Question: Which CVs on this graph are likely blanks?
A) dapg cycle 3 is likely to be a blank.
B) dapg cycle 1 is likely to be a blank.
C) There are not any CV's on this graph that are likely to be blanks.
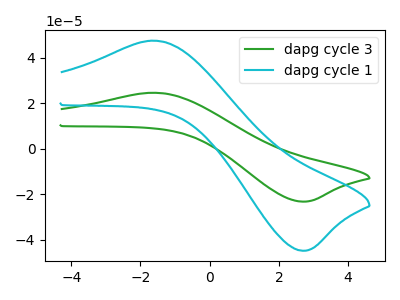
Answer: <think>The green curve "dapg cycle 3" has an anodic peak at (-1.70V, 24.65uA) and a cathodic peak at (2.65V, -23.25uA). The cyan curve "dapg cycle 1" has an anodic peak at (-1.70V, 47.60uA) and a cathodic peak at (2.65V, -44.90uA).</think>
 <answer>C) There are not any CV's on this graph that are likely to be blanks.</answer>
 <eval>C</eval>